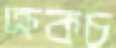
ক্রকচ